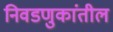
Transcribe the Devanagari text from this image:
निवडणुकांतील